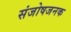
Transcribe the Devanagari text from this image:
संजोषजनक